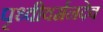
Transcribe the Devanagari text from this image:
पृथ्वीवर्मनदेव